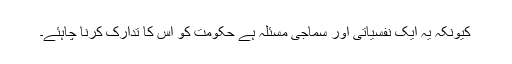
کیونکہ یہ ایک نفسیاتی اور سماجی مسئلہ ہے حکومت کو اس کا تدارک کرنا چاہئے۔